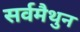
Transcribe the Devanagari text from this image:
सर्वमैथुन